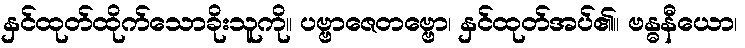
နှင်ထုတ်ထိုက်သောခိုးသူကို။ ပဗ္ဗာဇေတဗ္ဗော၊ နှင်ထုတ်အပ်၏။ ဗန္ဓနီယော၊